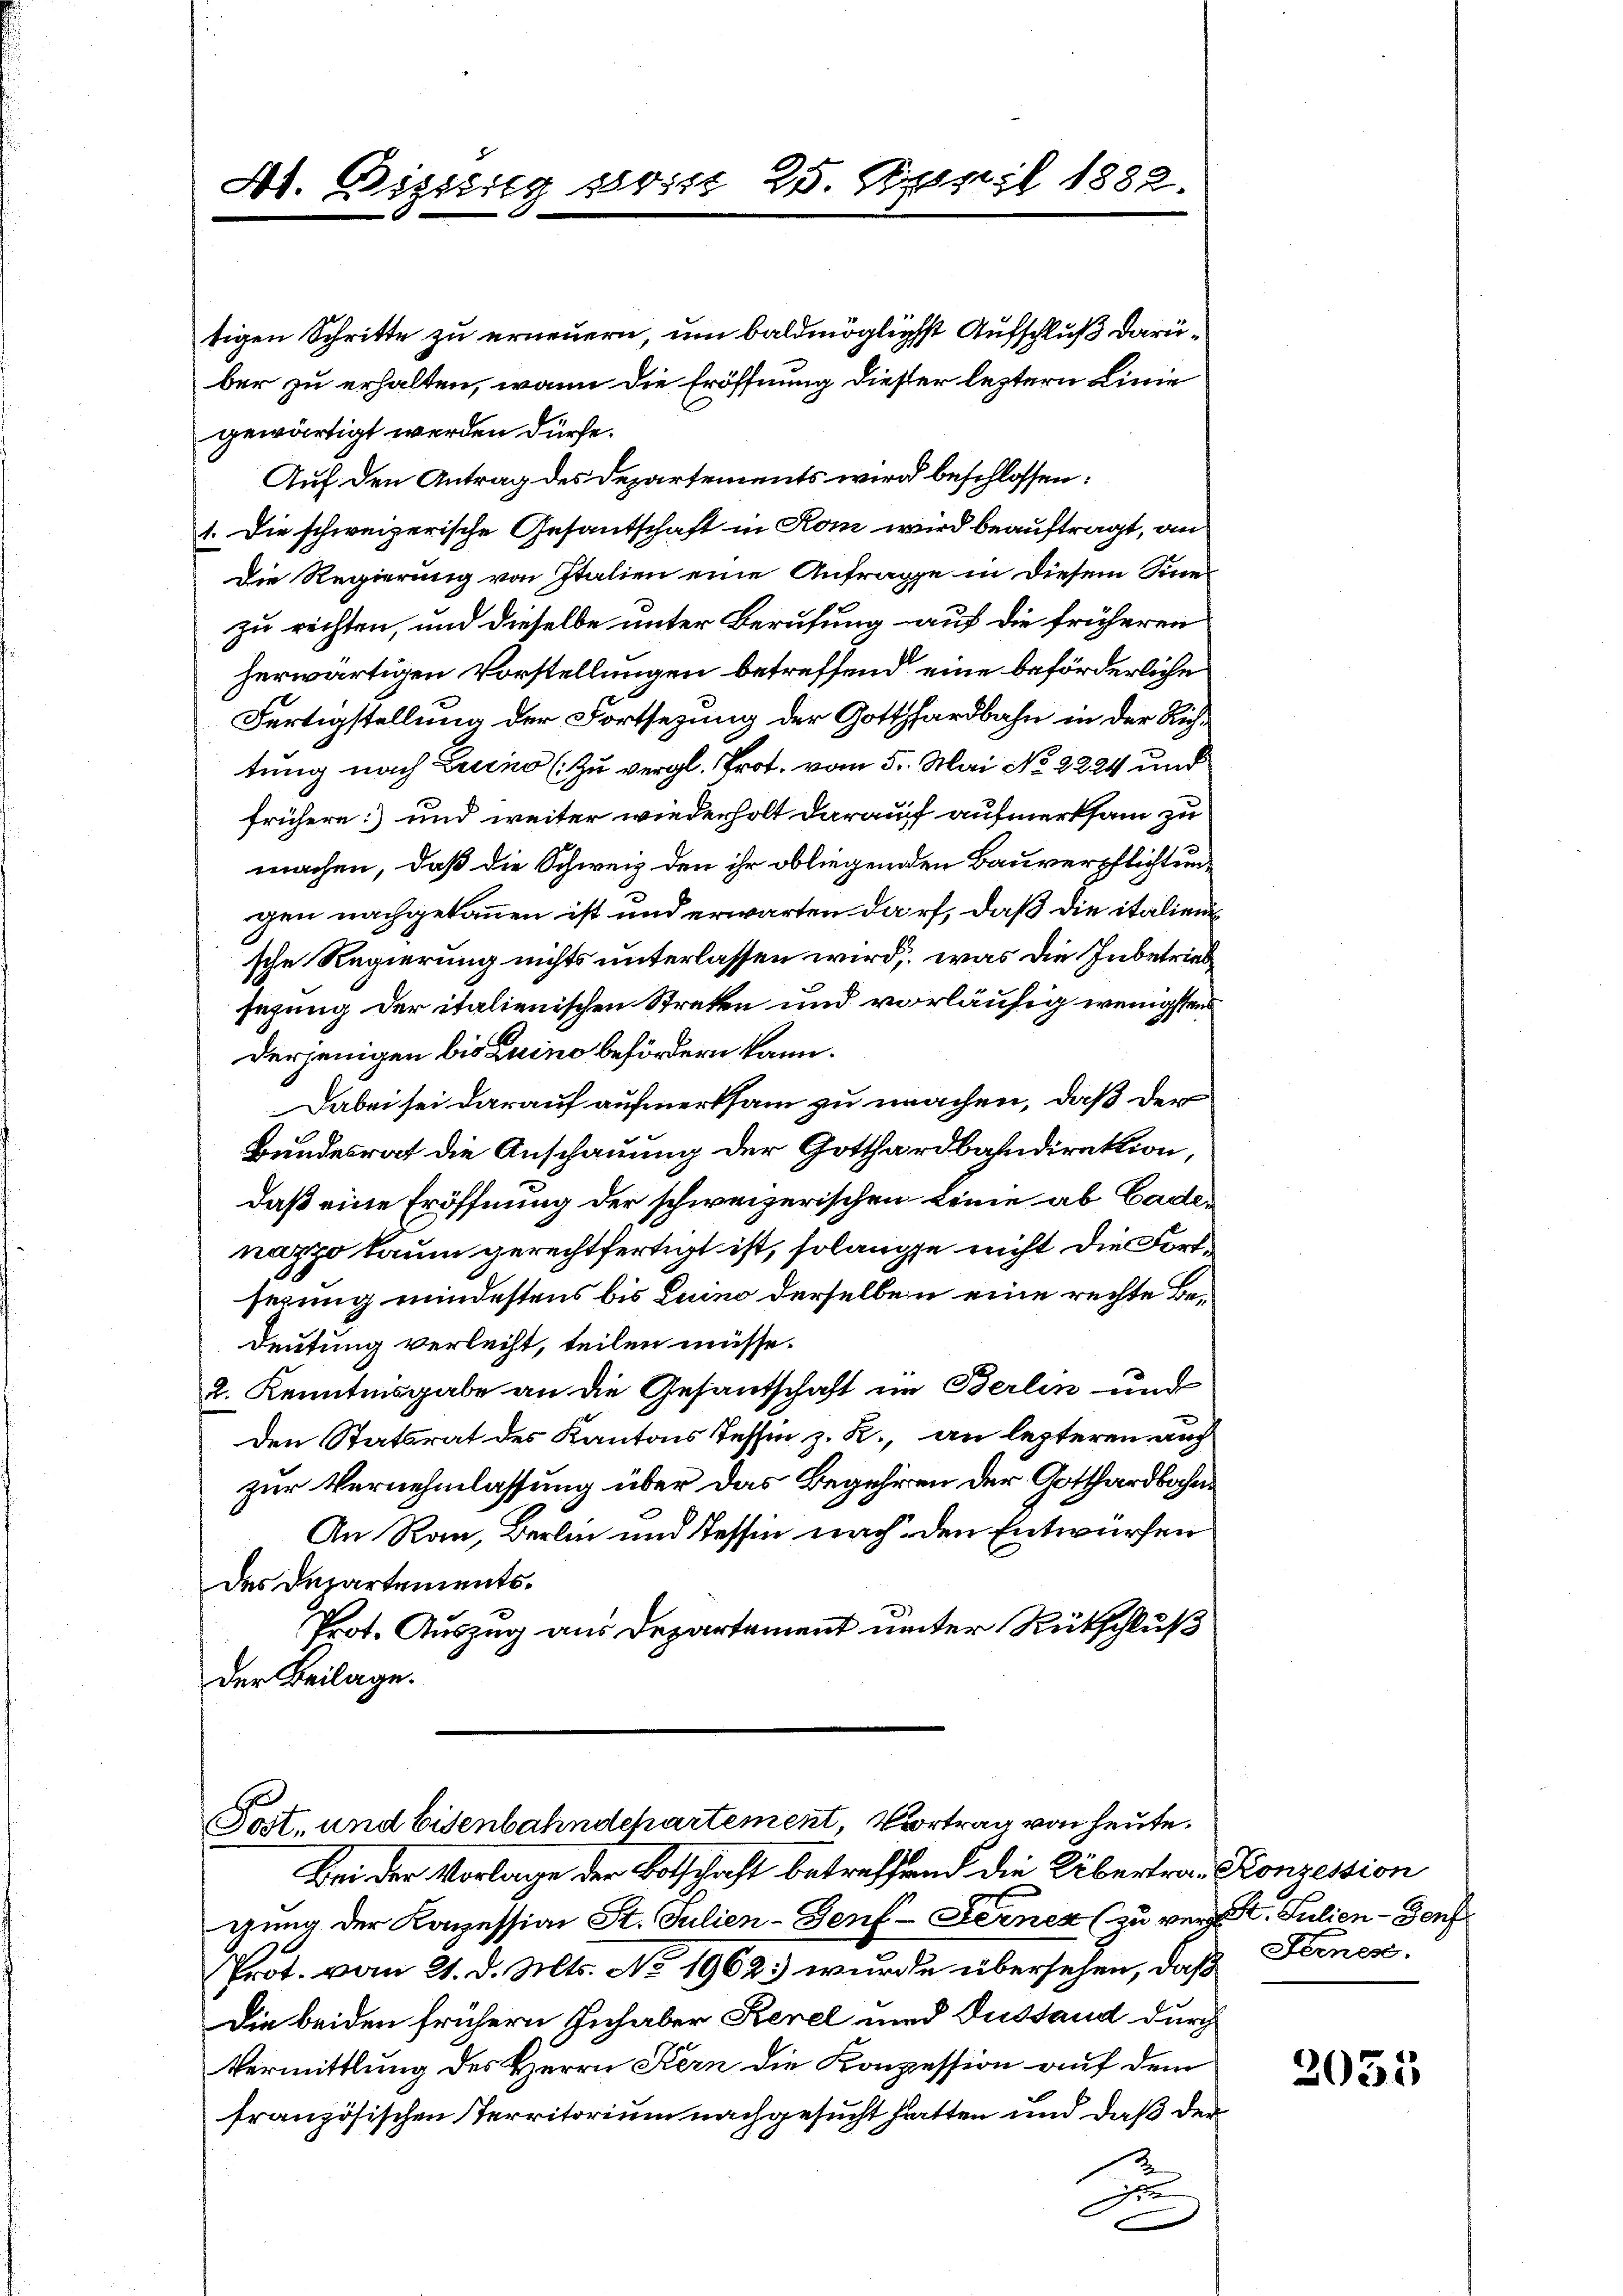
Ad. Bisig so ist 25. April 1882.

tigen Schritte zu erneuern, um baldmöglichst Aufschluß darüber zu erhalten, wann die Eröffnung dieser leztern Linie
gewärtigt werden dürfe.
Auf den Antrag des Departements wird beschlossen:
1. Die schweizerische Gesandschaft in Rom wird beauftragt, an
Die Regierung von Italien eine Anfrage in diesem Sinn
zu rechten, und dieselbe unter Berufung auf die früheren
herwärtigen Vorstellungen betreffend eine beförderliche
Fertigstellung der Fortsezung der Gotthardbahn in der Richtung nach Luino (Zu vergl. Prot. vom 5. Mai No 2224 und
frühere und weiter wiederholt darauf aufmerksam zu
machen, daß die Schweiz den ihr obliegenden Bauverpflichtungen nachgekommen ist und erwarten darf, daß die italiensche Regierung nichts unterlassen wird, was die Inbetriebsezung der italienischen Streken und vorläufig wenigstens
derjenigen bis Luino befördern kann.
Dabei sei darauf aufmerksam zu machen, daß der
Bundesrat die Anschauung der Gotthardbahndirektion,
daß eine Eröffnung der schweizerischen Linie ab Cadenazzo kaum gerechtfertigt ist, solange nicht die Fortserung mindestens bis Luino derselben eine rechte Be¬
Deutung verleiht, teilen müsse.
2. Kenntnisgabe an die Gesandschaft im Berlin und
Den Statsrat des Kantons Tessin z. R., an lezteren auch
zur Vernehmlassung über das Begehren der Gotthardbahne
An Rau, Berlin und Tessin nach den Entwürfen
des Departements¬
Prot. Auszug aus Departement unter Rückschluß
der Beilage.

Post, und Eisenbahndepartement, Vortrag von heute.
Bei der Vorlage der Botschaft betreffend die Übertra-Konzession

gung der Konzession St. Julien-Genf Fernen (zu verst. Julien - Genf
Prot. vom 21. d. Mts. No. 1962.) wurde übersehen, daß Fernes¬
Die beiden frühern Inhaber Kerel und Gustand durch
Vermittlung des Herrn Kern die Konzession auf dem
französischen Territorium nachgesucht hatten und daß der
E

2055